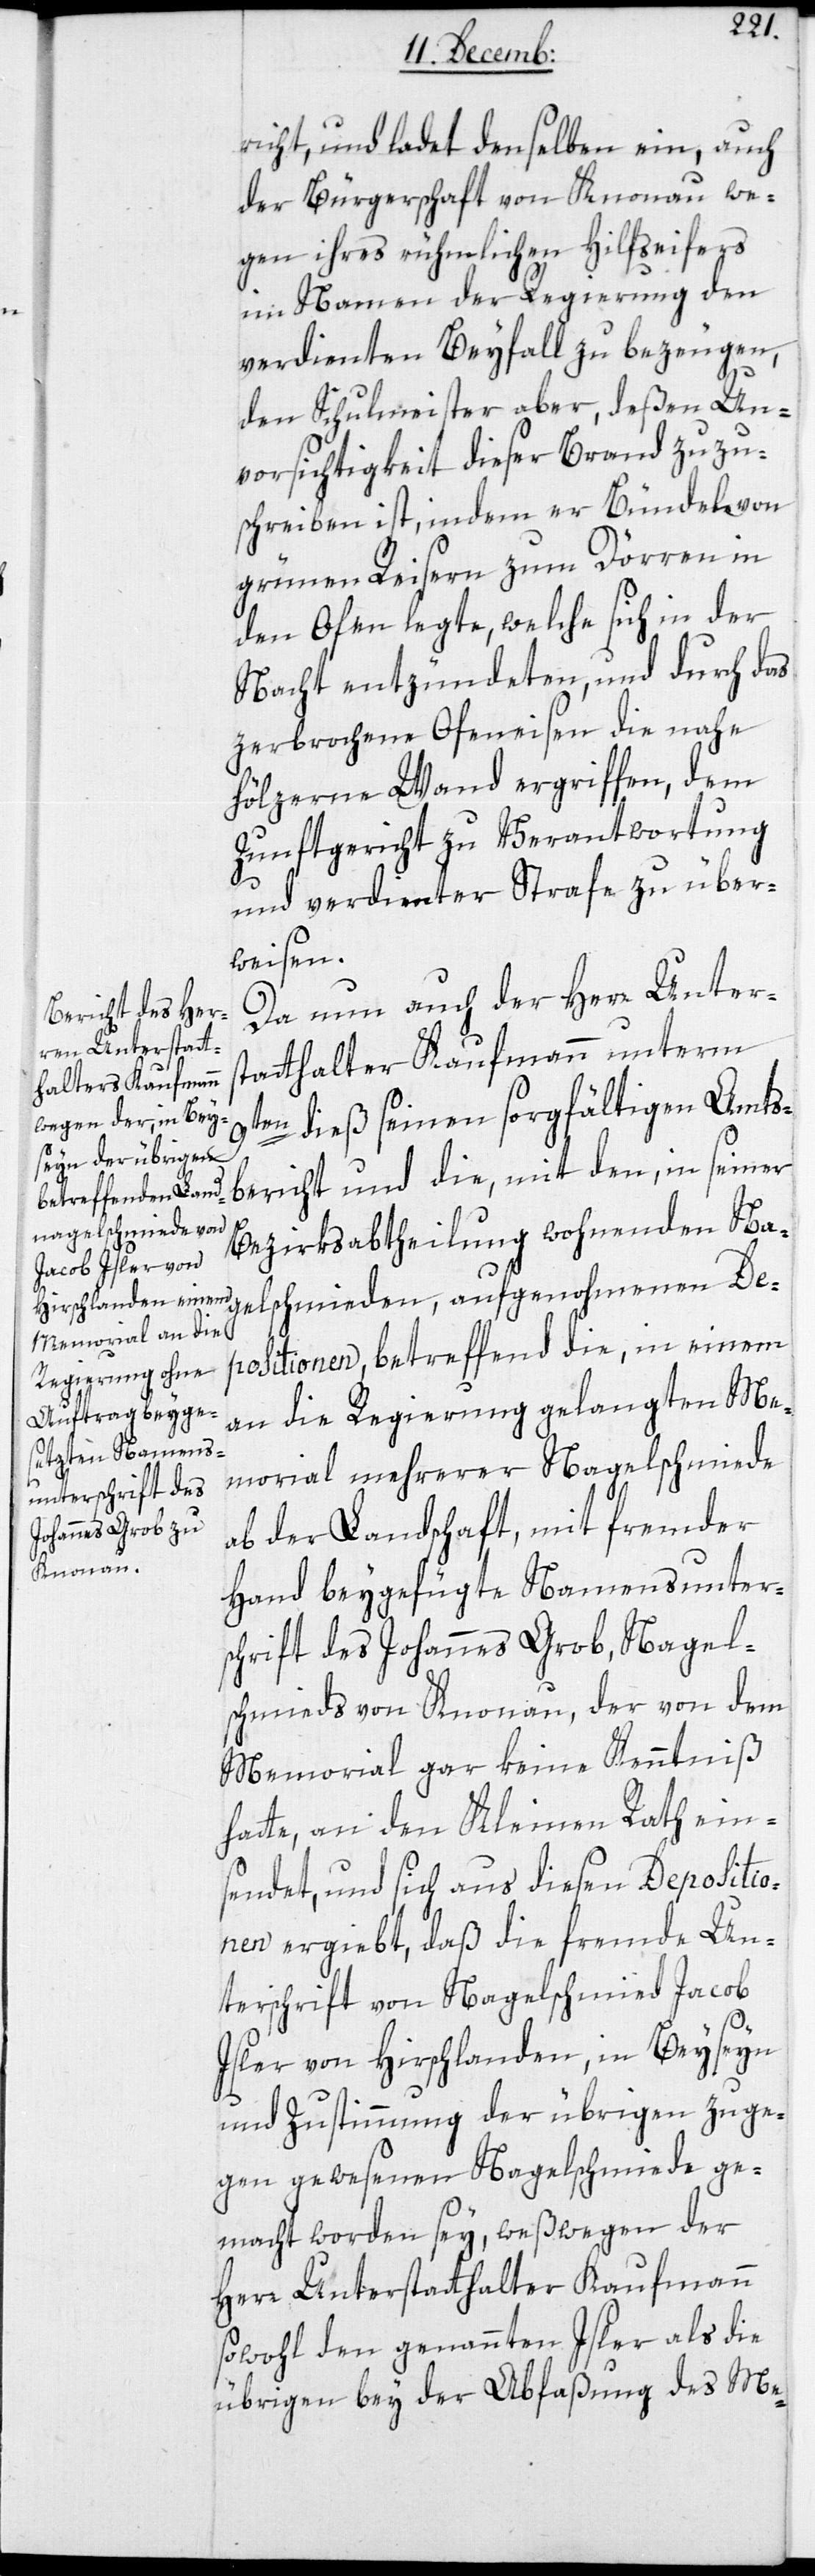
richt, und ladet denselben ein, auch
der Bürgerschaft von Knonau we¬
gen ihres rühmlichen Hilfseifers
im Namen der Regierung den
verdienten Beyfall zu bezeugen,
den Schulmeister aber, deßen Un¬
vorsichtigkeit dieser Brand zuzu¬
schreiben ist, indem er Bündel von
grünen Reisern zum Dörren in
den Ofen legte, welche sich in der
Nacht entzündeten, und durch das
zerbrochene Ofeneisen die nahe
hölzerne Wand ergriffen, dem
Zunftgericht zur Verantwortung
und verdienter Strafe zu über¬
weisen.
Da nun auch der Herr Unter¬
statthalter Kaufmann unterm
9ten dieß seinen sorgfältigen Amts¬
bericht und die, mit den, in seiner
Bezirksabtheilung wohnenden Na¬
gelschmieden, aufgenohmenen De¬
positionen, betreffend die, in einem
an die Regierung gelangten Me¬
morial mehrerer Nagelschmiede
ab der Landschaft, mit fremder
Hand beygefügte Namensunter¬
schrift des Johannes Grob, Nagel¬
schmieds von Knonau, der von dem
Memorial gar keine Kenntniß
hatte, an den Kleinen Rath ein¬
sendet, und sich aus diesen Depositio¬
nen ergiebt, daß die fremde Un¬
terschrift von Nagelschmied Jacob
Isler von Hirslanden, in Beyseyn
und Zustimmung der übrigen zuge¬
gen gewesenen Nagelschmiede ge¬
macht worden sey, weßwegen der
Herr Unterstatthalter Kaufmann
sowohl den genannten Isler als die
übrigen bey der Abfaßung des Me-